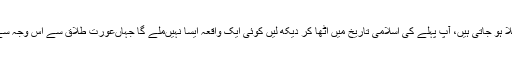
لہذا بہت سی عورتیں‌طلاق کا سن کر مرگ جیسی اداسی میں مبتلا ہو جاتی ہیں، آپ پہلے کی اسلامی تاریخ میں اٹھا کر دیکھ لیں‌ کوئی ایک واقعہ ایسا نہیں‌ملے گا جہاں‌عورت طلاق سے اس وجہ سے خوف زدہ ہوئی ہو کہ مجھ سے پھر کوئی شادی نہیں‌کرے گا۔